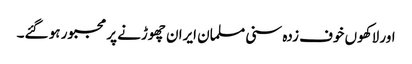
اور لاکھوں خوف زدہ سنی مسلمان ایران چھوڑنے پر مجبور ہو گئے۔